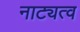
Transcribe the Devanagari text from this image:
नाट्यत्व